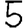
Digit: 5